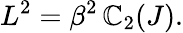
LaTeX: L^{2}=\beta^{2}\, \mathbb{C}_{2}(J).